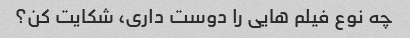
چه نوع فیلم هایی را دوست داری، شکایت کن؟